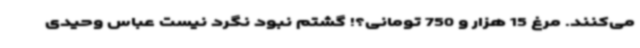
می‌کنند. مرغ 15 هزار و 750 تومانی؟! گشتم نبود نگرد نیست عباس وحیدی